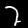
Label: 2